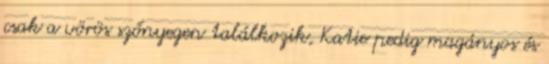
csak a vörös szőnyegen találkozik, Katie pedig magányos és